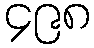
၄၉၈